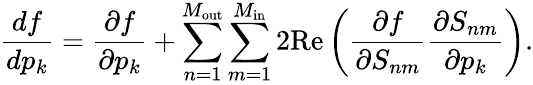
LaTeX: \frac{df}{dp_{k}}=\frac{\partial f}{\partial p_{k}}+\sum_{n=1}^{M_{\mathrm{out}}}\sum_{m=1}^{M_{\mathrm{in}}}2\mathrm{Re}\left(\frac{\partial f}{\partial S_{nm}}\frac{\partial S_{nm}}{\partial p_{k}}\right).